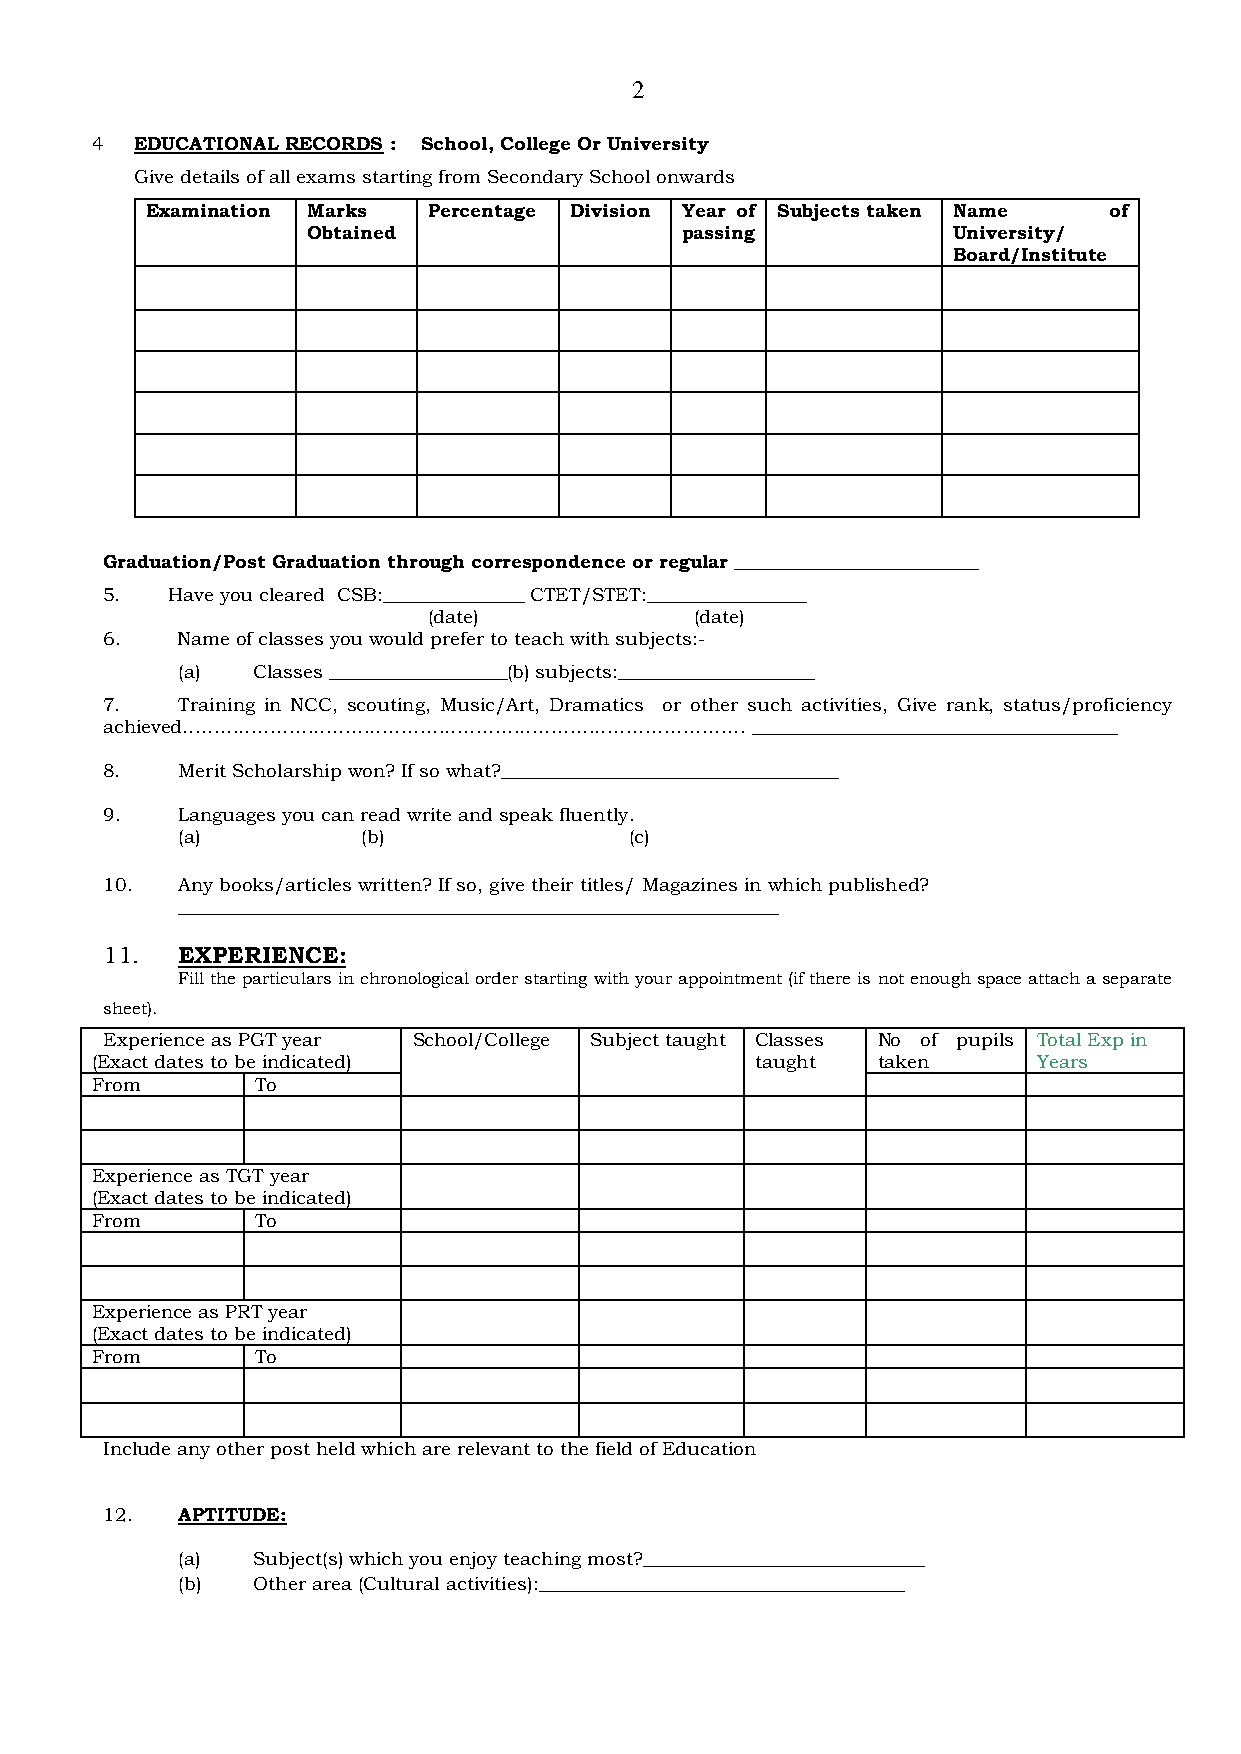
2
 4  EDUCATIONAL RECORDS : School, College Or University
 Give details of all exams starting from Secondary School onwards
 Examination Marks Percentage Division Year of Subjects taken Name of
 Obtained                 passing           University/
 Board/Institute
 Graduation/Post Graduation through correspondence or regular __________________________
 5.  Have you cleared CSB:_______________ CTET/STET:_________________
 (date)            (date)
 6.   Name of classes you would prefer to teach with subjects:-
 (a)  Classes ___________________(b) subjects:_____________________
 7.   Training in NCC, scouting, Music/Art, Dramatics or other such activities, Give rank, status/proficiency
 achieved………………………………………………………………………………     _______________________________________
 8.   Merit Scholarship won? If so what?____________________________________
 9.   Languages you can read write and speak fluently.
 (a)         (b)               (c)
 10.  Any books/articles written? If so, give their titles/ Magazines in which published?
 ________________________________________________________________
 11.  EXPERIENCE:
 Fill the particulars in chronological order starting with your appointment (if there is not enough space attach a separate
 sheet).
 Experience as PGT year School/College Subject taught Classes No of pupils Total Exp in
 (Exact dates to be indicated)               taught  taken      Years
 From       To
 Experience as TGT year
 (Exact dates to be indicated)
 From       To
 Experience as PRT year
 (Exact dates to be indicated)
 From       To
 Include any other post held which are relevant to the field of Education
 12.  APTITUDE:
 (a)  Subject(s) which you enjoy teaching most?______________________________
 (b)  Other area (Cultural activities):_______________________________________